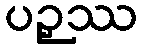
ပဉှဿ